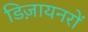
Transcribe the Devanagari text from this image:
डिज़ायनरों